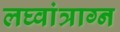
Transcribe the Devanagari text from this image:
लघ्वांत्राग्न